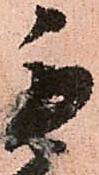
毛